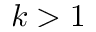
k > 1